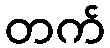
တက်